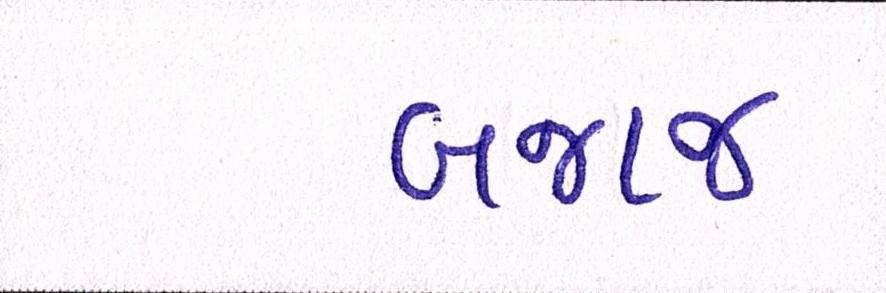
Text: બજાજ